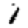
Digit: 1